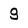
Character: g